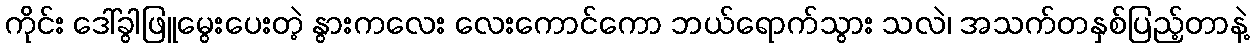
ကိုင်း ဒေါ်ခွါဖြူမွေးပေးတဲ့ နွားကလေး လေးကောင်ကော ဘယ်ရောက်သွား သလဲ၊ အသက်တနှစ်ပြည့်တာနဲ့